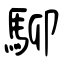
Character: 駠